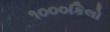
૧૦૦૦કિલો